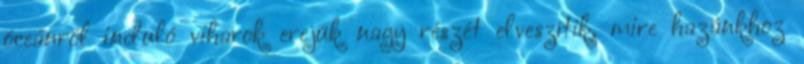
óceánról induló viharok erejük nagy részét elveszítik, mire hazánkhoz